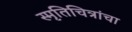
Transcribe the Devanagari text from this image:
स्मृतिचित्रांचा